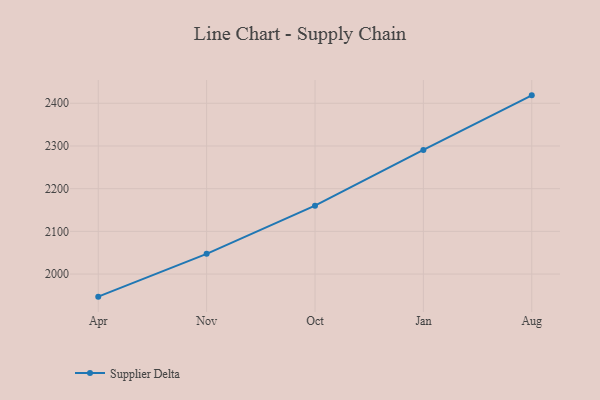
{"axis": {"x": "Month", "y": "Waste Production (Tons)"}, "legend": ["Supplier Delta"], "data": [{"x": "Apr", "y": 1947.1, "type": "Supplier Delta"}, {"x": "Nov", "y": 2047.3, "type": "Supplier Delta"}, {"x": "Oct", "y": 2160.2, "type": "Supplier Delta"}, {"x": "Jan", "y": 2290.8, "type": "Supplier Delta"}, {"x": "Aug", "y": 2418.6, "type": "Supplier Delta"}]}